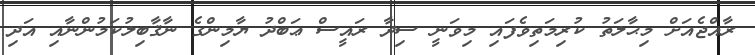
ރާއްޖެއަށް މިޙާލަތު ކުރިމަތިވެފައި މިވަނީ ސިދާ ރައީސް ޢަބްދު ޔާމިންގެ ނާޤާބިލުކަމުންނާއި އަދި